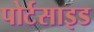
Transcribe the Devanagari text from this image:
पोर्टसाइड